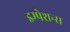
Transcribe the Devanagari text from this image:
इम्पेशन्स